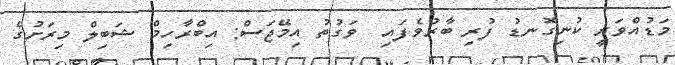
މަޑުއްވަރީ ކުނިގޮނޑު ފުރި ބާރުވެފައި  ވަގުތު އިމޭޖަސް: އިބްރާހިމް ޝަބިލް މިރަށުގެ